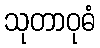
သုတာဝုဓံ